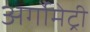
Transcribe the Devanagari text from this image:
अर्गोमेट्री